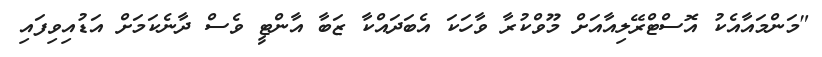
"މަންމައާއެކު އޮސްޓްރޭލިއާއަށް މޫވްކުރާ ވާހަކަ އެބަދައްކާ ޒަބާ އާންޓީ ވެސް ދާނެކަމަށް އަޑުއިވިފައި